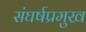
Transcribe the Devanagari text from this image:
संघर्षप्रमुख